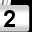
Digit: 2